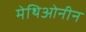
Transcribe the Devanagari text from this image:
मेथिओनीन